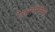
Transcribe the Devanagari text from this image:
रेसलमेंनिया